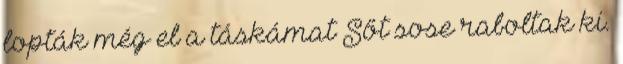
lopták még el a táskámat Sőt sose raboltak ki.